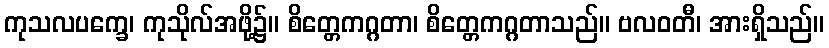
ကုသလပက္ခေ၊ ကုသိုလ်အဖို့၌။ စိတ္တေကဂ္ဂတာ၊ စိတ္တေကဂ္ဂတာသည်။ ဗလဝတီ၊ အားရှိသည်။